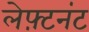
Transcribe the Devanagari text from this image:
लेफ़्टनंट